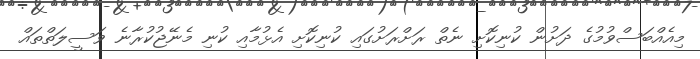
މިއެއްބަސްވުމުގެ ދަށުން ކުނިކޮށި ނެތް ރަށްރަށުގައި ކުނިކޮށި އެޅުމާއި ކުނި މެނޭޖުކުރާނެ ވަސީލަތްތައް